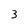
Character: 3